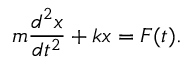
m { \frac { d ^ { 2 } x } { d t ^ { 2 } } } + k x = F ( t ) .